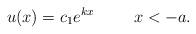
LaTeX: \begin{align*}u(x)= c_{1} e^{kx} \hspace{1. cm} x<-a .\end{align*}